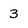
Character: 3